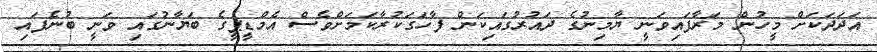
އަދަދަކަށް މީހުން މަރާފައިވަނީ ޔާމިނުގެ ދައުރުގައިކަން ފާހަގަކުރާކަމަށްވެސް އެމްޑީޕީގެ ބަޔާނުގައި ވަނީ ބުނެފައި